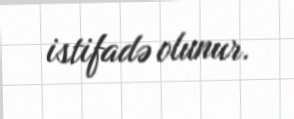
istifadə olunur.